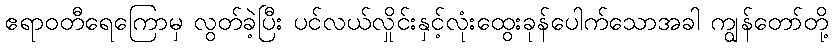
ဧရာဝတီရေကြောမှ လွတ်ခဲ့ပြီး ပင်လယ်လှိုင်းနှင့်လုံးထွေးခုန်ပေါက်သောအခါ ကျွန်တော်တို့